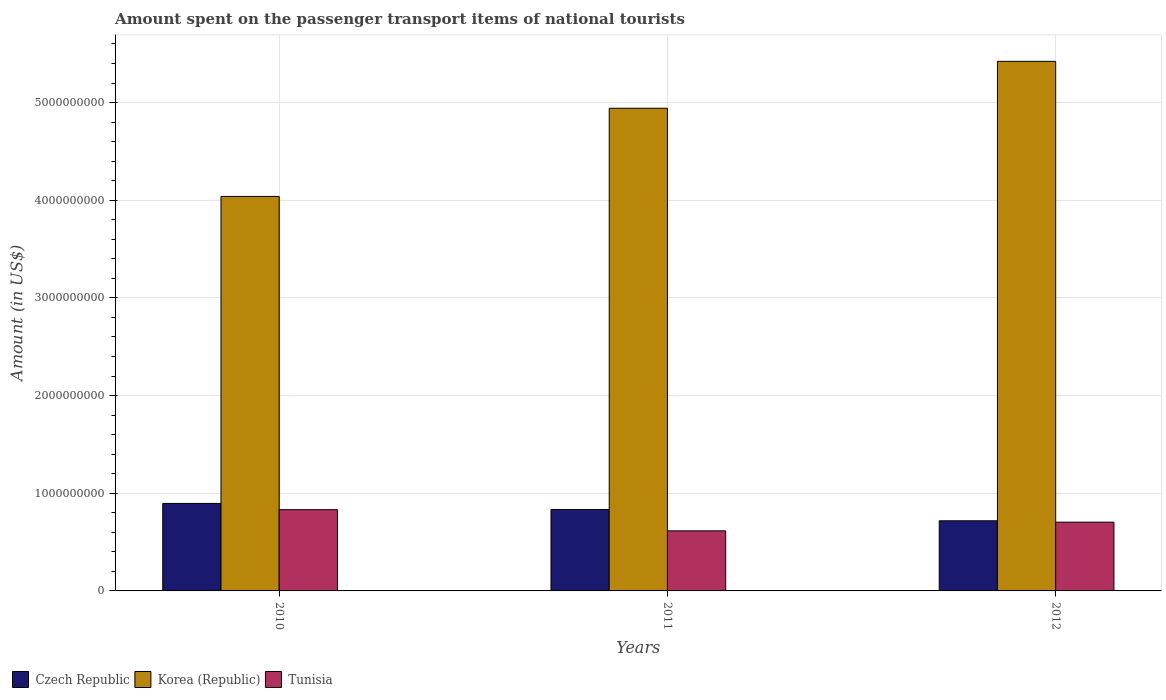
| Years | Czech Republic | Korea (Republic) | Tunisia |
 | --- | --- | --- | --- |
 | 2010 | 8.96e+08 | 4.04e+09 | 8.32e+08 |
 | 2011 | 8.34e+08 | 4.94e+09 | 6.15e+08 |
 | 2012 | 7.18e+08 | 5.42e+09 | 7.04e+08 |